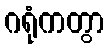
ဂရုံကတွာ